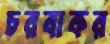
চরবাকর